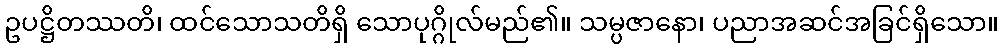
ဥပဋ္ဌိတဿတိ၊ ထင်သောသတိရှိ သောပုဂ္ဂိုလ်မည်၏။ သမ္ပဇာနော၊ ပညာအဆင်အခြင်ရှိသော။